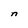
Character: n